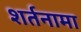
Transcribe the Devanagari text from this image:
शर्तनामा